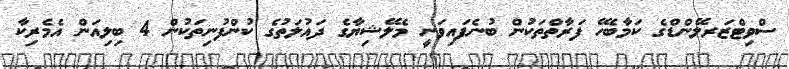
ސްވިޓްޒަރލޭންޑްގެ ކަމާބެހޭ ފަރާތްތަކުން ބުނެފައިވަނީ މެލޭޝިޔާގެ ދައުލަތުގެ ކުންފުނިތަކުން 4 ބިލިއަން އެމެރިކާ